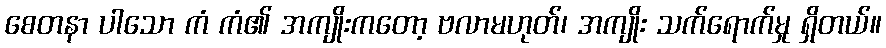
စေတနာ ပါသော ကံ ကံ၏ အကျိုးကတော့ ဗလာမဟုတ်၊ အကျိုး သက်ရောက်မှု ရှိတယ်။